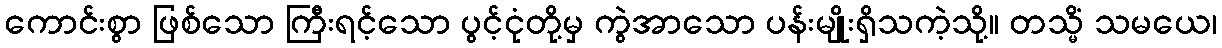
ကောင်းစွာ ဖြစ်သော ကြီးရင့်သော ပွင့်ငုံတို့မှ ကွဲအာသော ပန်းမျိုးရှိသကဲ့သို့။ တသ္မိံ သမယေ၊